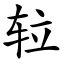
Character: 䢂